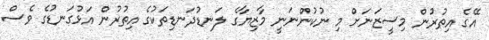
އޭގެ އިތުރުން މިސީޒަނަށް މި ނުކުންނަނީ މާޒިޔާގެ ލަނޑުދަނޑިތަކުގެ އިތުރުން އަޅުގަނޑުގެ ވެސް